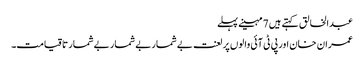
عبدالخالق کہتے ہیں 7 مہینے پہلے
عمران خان اور پی ٹی آئی والوں پر لعنت بےشمار بےشمار بےشمار تاقیامت۔